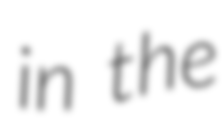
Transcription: in the